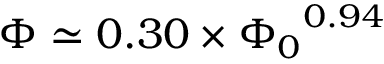
\begin{array} { r } { \Phi \simeq 0 . 3 0 \times { \Phi _ { 0 } } ^ { 0 . 9 4 } } \end{array}